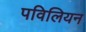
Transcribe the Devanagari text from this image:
पविलियन